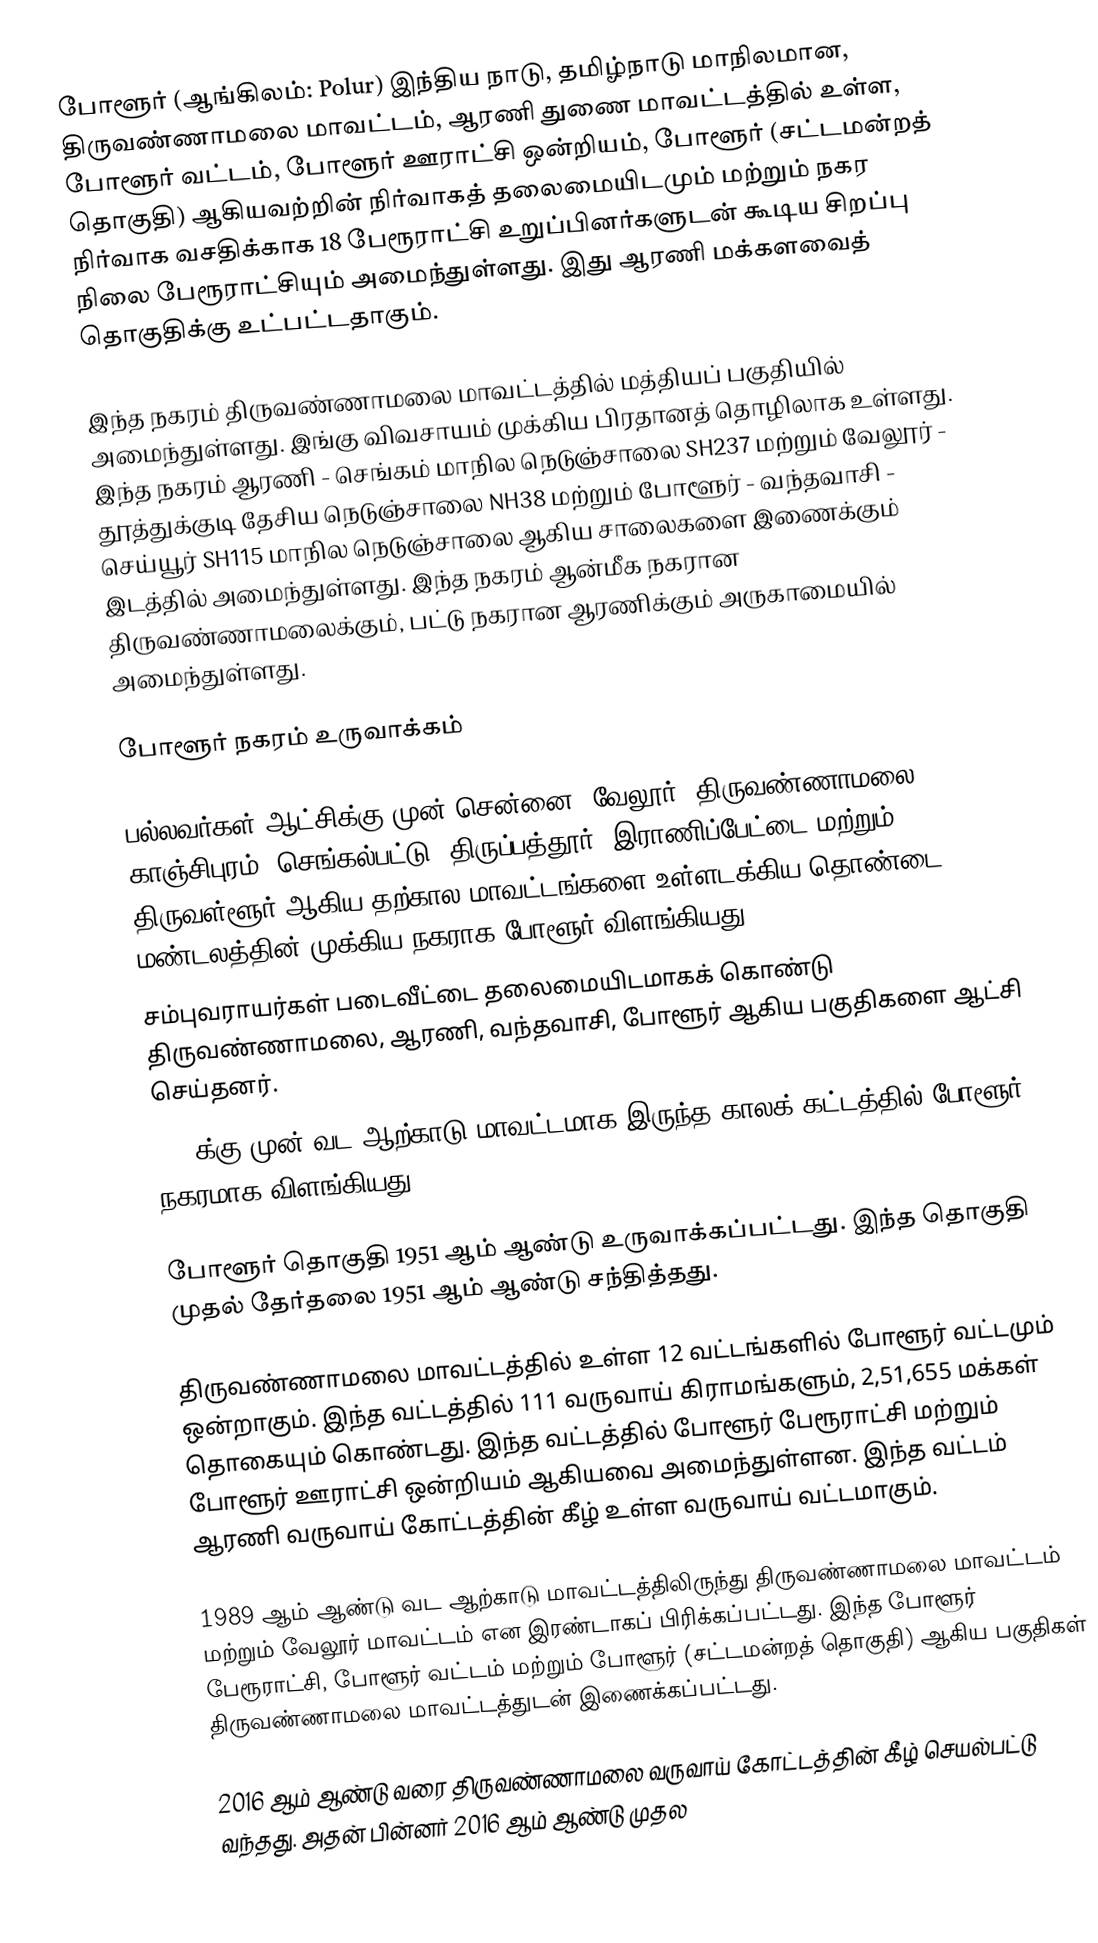
போளூர் (ஆங்கிலம்: Polur) இந்திய நாடு, தமிழ்நாடு மாநிலமான, திருவண்ணாமலை மாவட்டம், ஆரணி துணை மாவட்டத்தில் உள்ள, போளூர் வட்டம், போளூர் ஊராட்சி ஒன்றியம், போளூர் (சட்டமன்றத் தொகுதி) ஆகியவற்றின் நிர்வாகத் தலைமையிடமும் மற்றும் நகர நிர்வாக வசதிக்காக 18 பேரூராட்சி உறுப்பினர்களுடன் கூடிய சிறப்பு நிலை பேரூராட்சியும் அமைந்துள்ளது. இது ஆரணி மக்களவைத் தொகுதிக்கு உட்பட்டதாகும்.

இந்த நகரம் திருவண்ணாமலை மாவட்டத்தில் மத்தியப் பகுதியில் அமைந்துள்ளது. இங்கு விவசாயம் முக்கிய பிரதானத் தொழிலாக உள்ளது. இந்த நகரம் ஆரணி - செங்கம் மாநில நெடுஞ்சாலை SH237 மற்றும் வேலூர் - தூத்துக்குடி தேசிய நெடுஞ்சாலை NH38 மற்றும் போளூர் - வந்தவாசி - செய்யூர் SH115 மாநில நெடுஞ்சாலை ஆகிய சாலைகளை இணைக்கும் இடத்தில் அமைந்துள்ளது. இந்த நகரம் ஆன்மீக நகரான திருவண்ணாமலைக்கும், பட்டு நகரான ஆரணிக்கும் அருகாமையில் அமைந்துள்ளது.

போளூர் நகரம் உருவாக்கம்

 பல்லவர்கள் ஆட்சிக்கு முன் சென்னை, வேலூர், திருவண்ணாமலை, காஞ்சிபுரம், செங்கல்பட்டு, திருப்பத்தூர், இராணிப்பேட்டை மற்றும் திருவள்ளூர் ஆகிய தற்கால மாவட்டங்களை உள்ளடக்கிய தொண்டை மண்டலத்தின் முக்கிய நகராக போளூர் விளங்கியது.
 சம்புவராயர்கள் படைவீட்டை தலைமையிடமாகக் கொண்டு திருவண்ணாமலை, ஆரணி, வந்தவாசி, போளூர் ஆகிய பகுதிகளை ஆட்சி செய்தனர்.
 1989க்கு முன் வட ஆற்காடு மாவட்டமாக இருந்த காலக் கட்டத்தில் போளூர் நகரமாக விளங்கியது.

 போளூர் தொகுதி 1951 ஆம் ஆண்டு உருவாக்கப்பட்டது. இந்த தொகுதி முதல் தேர்தலை 1951 ஆம் ஆண்டு சந்தித்தது.

 திருவண்ணாமலை மாவட்டத்தில் உள்ள 12 வட்டங்களில் போளூர் வட்டமும் ஒன்றாகும். இந்த வட்டத்தில் 111 வருவாய் கிராமங்களும், 2,51,655 மக்கள் தொகையும் கொண்டது. இந்த வட்டத்தில் போளூர் பேரூராட்சி மற்றும் போளூர் ஊராட்சி ஒன்றியம் ஆகியவை அமைந்துள்ளன. இந்த வட்டம் ஆரணி வருவாய் கோட்டத்தின் கீழ் உள்ள வருவாய் வட்டமாகும்.

 1989 ஆம் ஆண்டு வட ஆற்காடு மாவட்டத்திலிருந்து திருவண்ணாமலை மாவட்டம் மற்றும் வேலூர் மாவட்டம் என இரண்டாகப் பிரிக்கப்பட்டது. இந்த போளூர் பேரூராட்சி, போளூர் வட்டம் மற்றும் போளூர் (சட்டமன்றத் தொகுதி) ஆகிய பகுதிகள் திருவண்ணாமலை மாவட்டத்துடன் இணைக்கப்பட்டது.

 2016 ஆம் ஆண்டு வரை திருவண்ணாமலை வருவாய் கோட்டத்தின் கீழ் செயல்பட்டு வந்தது. அதன் பின்னர் 2016 ஆம் ஆண்டு முதல